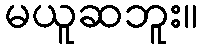
မယူဆဘူး။